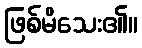
ဖြစ်မိသေး၏။